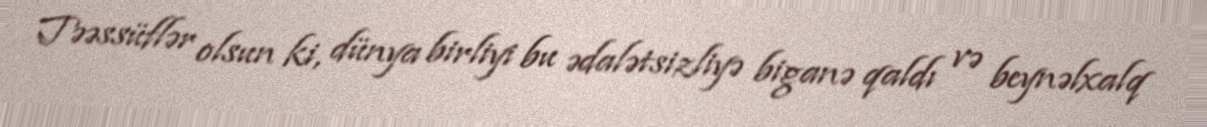
Təəssüflər olsun ki, dünya birliyi bu ədalətsizliyə biganə qaldı və beynəlxalq